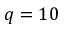
q = 1 0